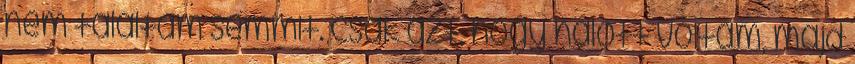
nem találtam semmit. csak azt, hogy halott voltam, majd